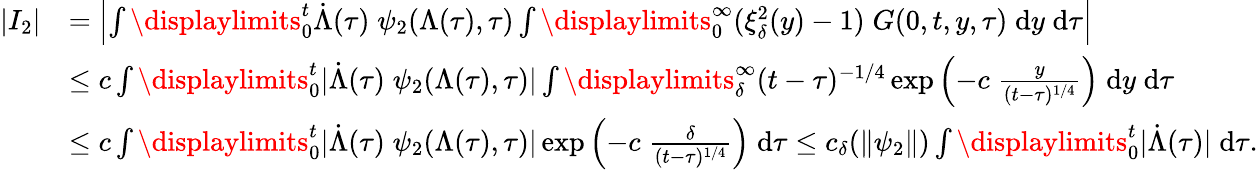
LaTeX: \begin{array}{rl}{|I_{2}|}&{=\left|\int\displaylimits_{0}^{t}{\dot{\Lambda}(\tau)\; \psi_{2}(\Lambda(\tau),\tau)\int\displaylimits_{0}^{\infty}{(\xi_{\delta}^{2}(y)-1)\; G(0,t,y,\tau)\; \mathrm{d}y}\; \mathrm{d}\tau}\right|}\\ &{\le c\int\displaylimits_{0}^{t}{|\dot{\Lambda}(\tau)\; \psi_{2}(\Lambda(\tau),\tau)|\int\displaylimits_{\delta}^{\infty}{(t-\tau)^{-1/4}\exp\left(-c\; \frac{y}{(t-\tau)^{1/4}}\right)\; \mathrm{d}y}\; \mathrm{d}\tau}}\\ &{\le c\int\displaylimits_{0}^{t}{|\dot{\Lambda}(\tau)\; \psi_{2}(\Lambda(\tau),\tau)|\exp\left(-c\; \frac{\delta}{(t-\tau)^{1/4}}\right)\; \mathrm{d}\tau}\le c_{\delta}(\| \psi_{2}\| )\int\displaylimits_{0}^{t}{|\dot{\Lambda}(\tau)|\; \mathrm{d}\tau}.}\end{array}